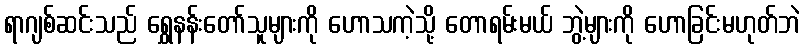
ရာဂျစ်ဆင်းသည် ရွှေနန်းတော်သူများကို ဟောသကဲ့သို့ တောရမ်းမယ် ဘွဲ့များကို ဟောခြင်းမဟုတ်ဘဲ